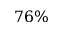
7 6 \%